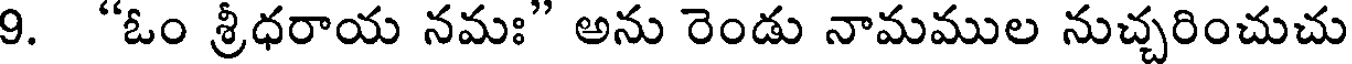
9. "ఓం శ్రీధరాయ నమః" అను రెండు నామముల నుచ్చరించుచు